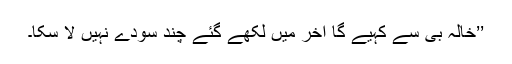
’’خالہ بی سے کہیے گا آخر میں لکھے گئے چند سودے نہیں لا سکا۔